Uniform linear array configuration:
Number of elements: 64
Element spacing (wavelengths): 0.5
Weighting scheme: kaiser
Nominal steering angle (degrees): -30
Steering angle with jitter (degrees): -31.346
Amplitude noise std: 0.05
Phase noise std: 0.05

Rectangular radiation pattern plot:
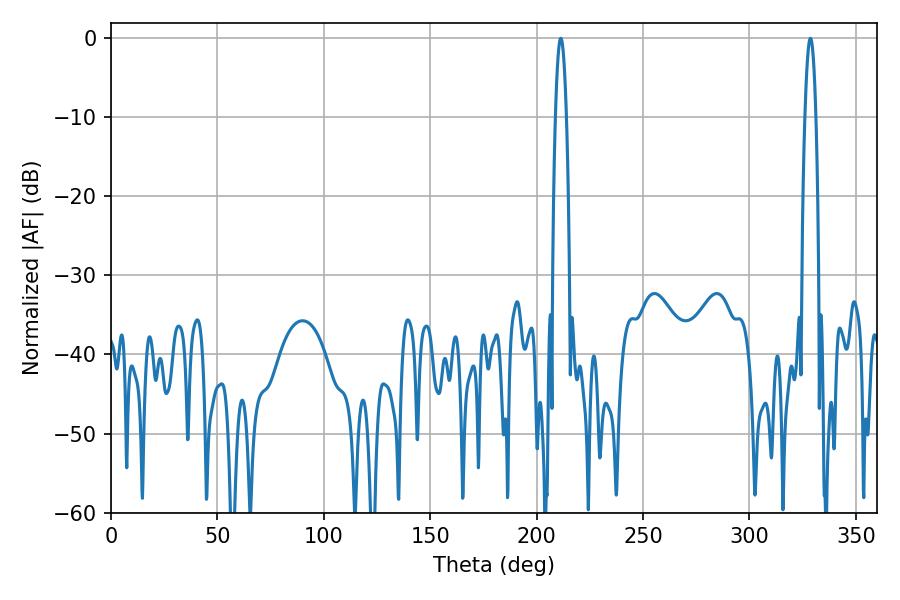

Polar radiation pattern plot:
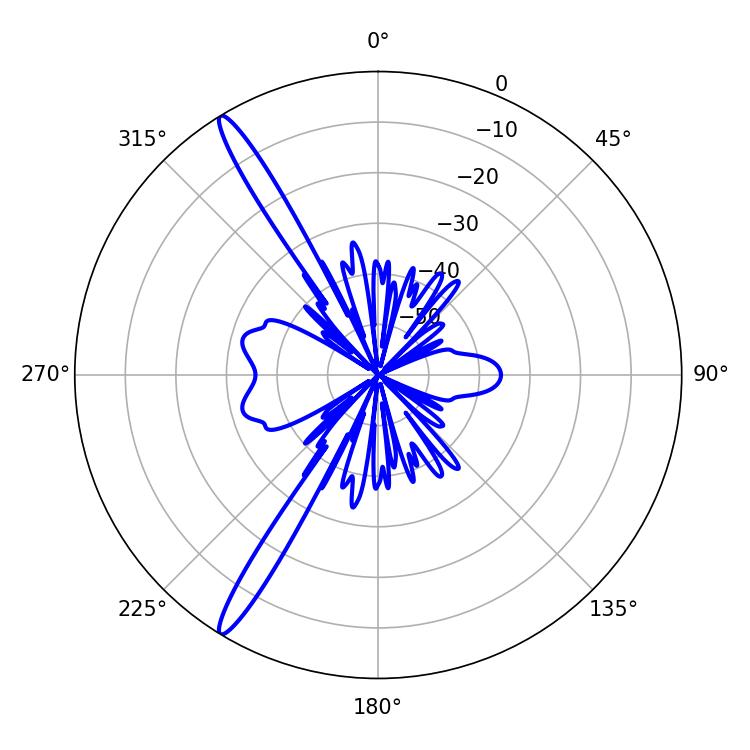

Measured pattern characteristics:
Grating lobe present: FALSE
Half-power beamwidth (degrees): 2.88
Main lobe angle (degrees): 211.32